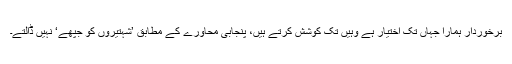
برخوردار ہمارا جہاں تک اختیار ہے وہیں تک کوشش کرتے ہیں، پنجابی محاورے کے مطابق ’شہتیروں کو جپھے‘ نہیں ڈالتے۔